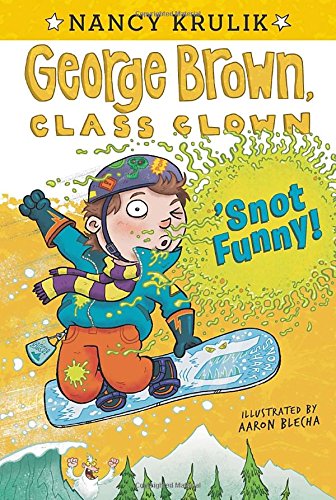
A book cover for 'Snot Funny #14 (George Brown, Class Clown); Nancy Krulik; Children's Books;